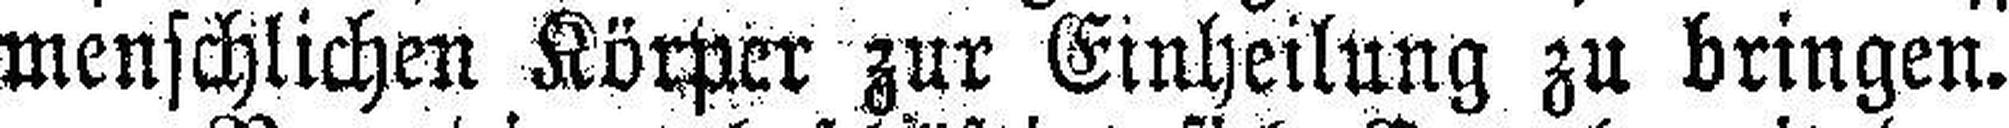
menschlichen Körper zur Einheilung zu bringen.